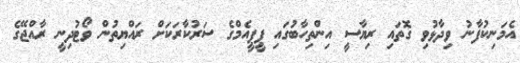
އެމަނިކުފާނު ވިދާޅުވި ގޮތައި ރިޔާސީ އިންތިހާބުގައި ޕީޕީއެމްގެ ސަރުކާރަކަށް ރައްޔިތުން ވޯޓުދިނީ ރާއްޖޭގެ